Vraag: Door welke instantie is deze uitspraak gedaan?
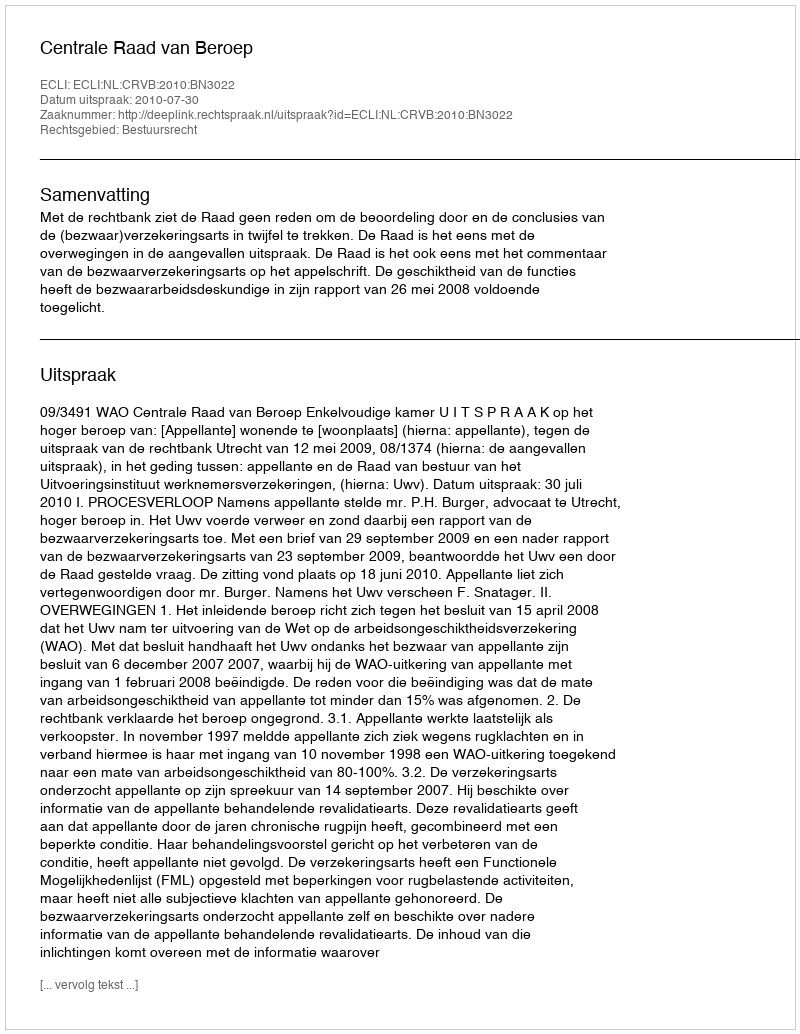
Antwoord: Centrale Raad van Beroep